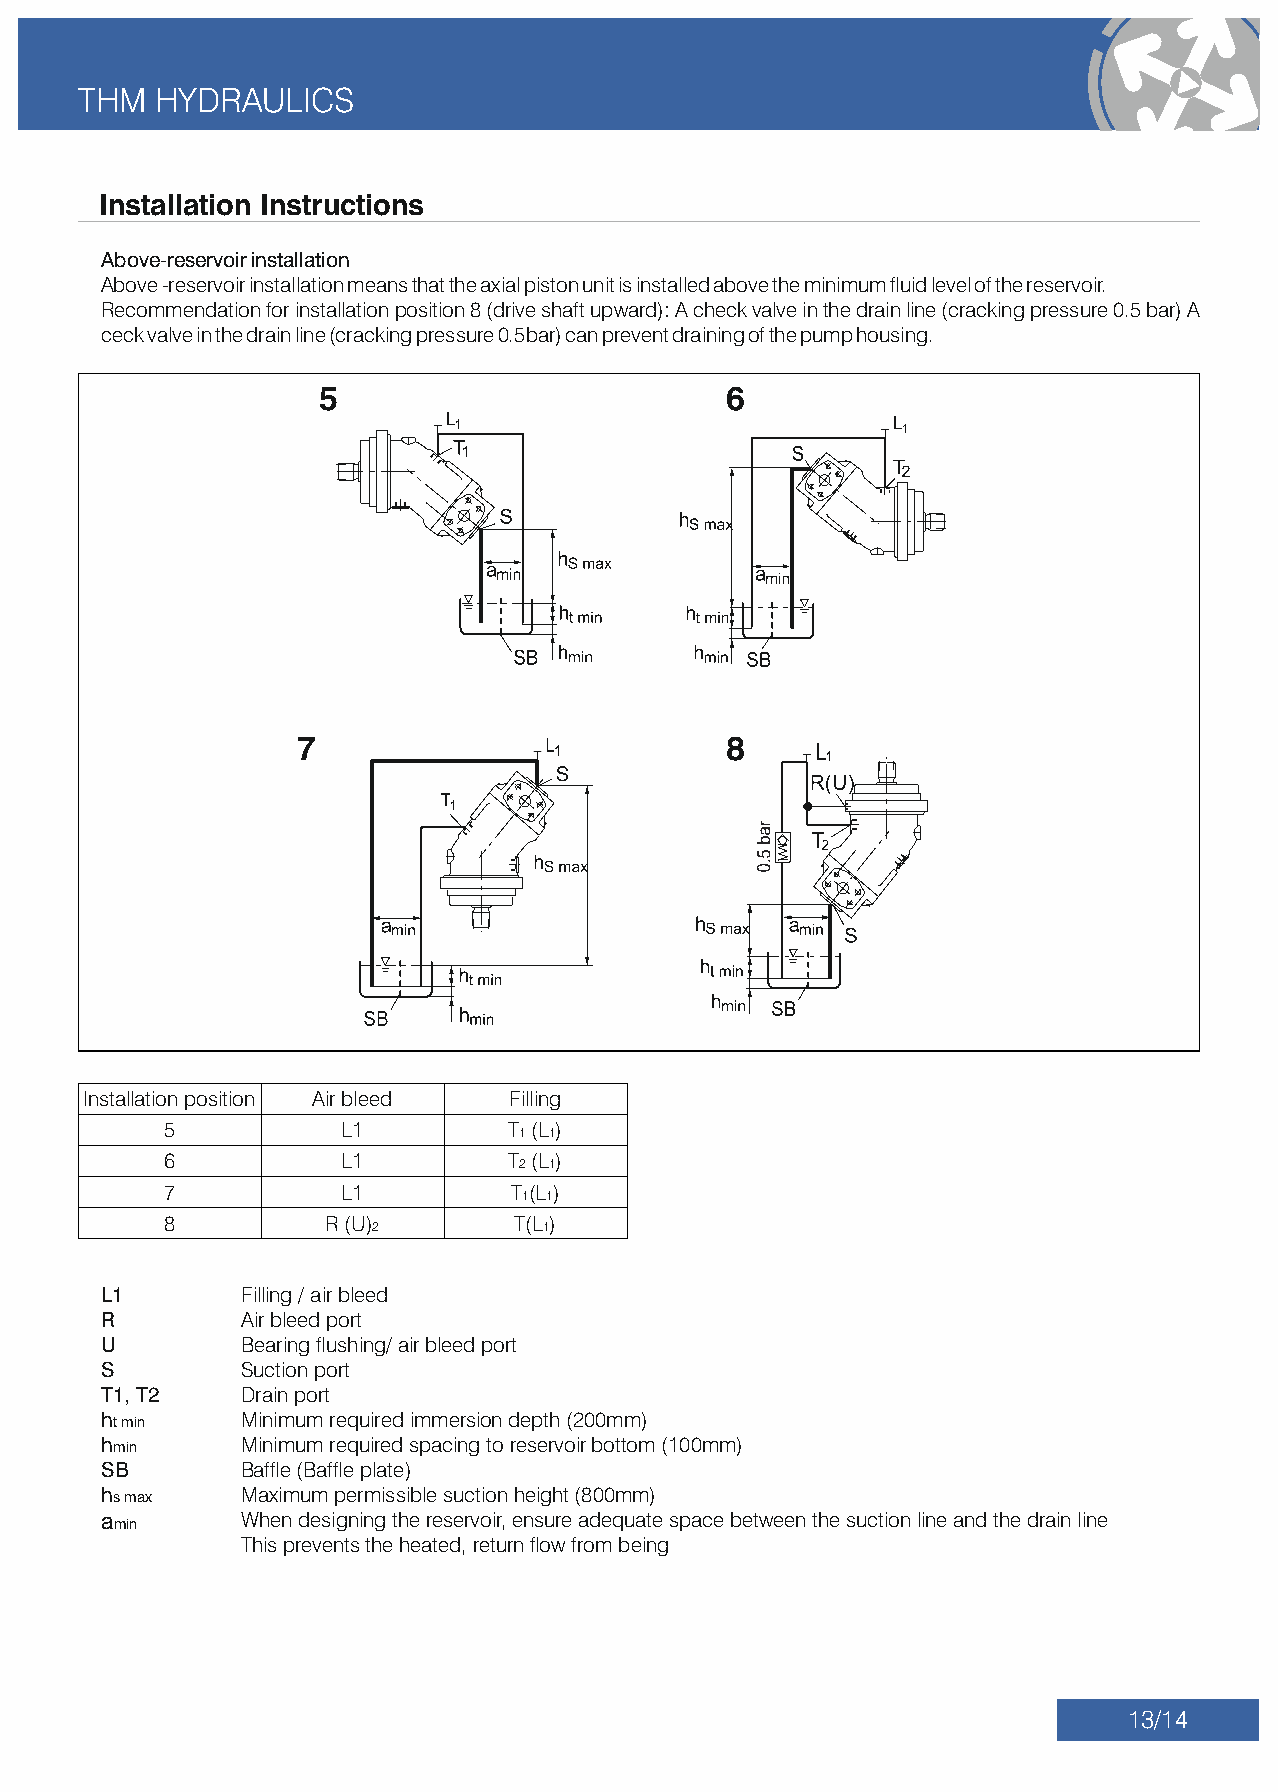
THM   HYDRAULICS
 Installation Instructions
 Above-reservoir installation
 Above -reservoir installation means that the axial piston unit is installed above the minimum uid level of the reservoir.
 Recommendation for installation position 8 (drive shaft upward): A check valve in the drain line (cracking pressure 0.5 bar) A
 ceck valve in the drain line (cracking pressure 0.5bar) can prevent draining of the pump housing.
 5                          6
 7                           8
 Installation position Air bleed Filling
 5           L1         T (L )
 1 1
 6           L1         T (L )
 2 1
 7           L1         T (L )
 1 1
 8          R (U)       T(L )
 2          1
 L1       Filling / air bleed
 R        Air bleed port
 U        Bearing ushing/ air bleed port
 S        Suction port
 T1, T2   Drain port
 ht min   Minimum required immersion depth (200mm)
 hmin     Minimum required spacing to reservoir bottom (100mm)
 SB       Bafe (Bafe plate)
 hs max   Maximum permissible suction height (800mm)
 a        When designing the reservoir, ensure adequate space between the suction line and the drain line
 min
 This prevents the heated, return ow from being
 13/14